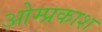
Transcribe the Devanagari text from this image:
ओम्प्रकाश